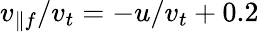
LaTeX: v_{\parallel f}/v_{t}=-u/v_{t}+0.2